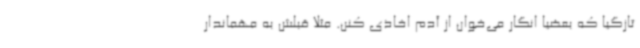
تازگیا که بعضیا انگار می‌خوان از آدم اخاذی کنن. مثلا قبلش به مهماندار